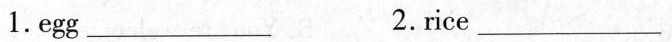
1. egg ___ 2. rice ___